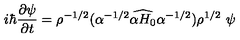
i \hbar \frac { \partial \psi } { \partial t } = { \rho } ^ { - 1 / 2 } ( \alpha ^ { - 1 / 2 } \widehat { \alpha H _ { 0 } } \alpha ^ { - 1 / 2 } ) { \rho } ^ { 1 / 2 } \ \psi